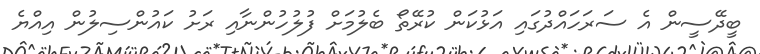
ބީދޭސީން އެ ސަރަހައްދުގައި އަޅުކަން ކުރޭތޯ ބެލުމަށް ފުލުހުންނާއި ރަށު ކައުންސިލުން އިއްޔެ